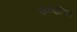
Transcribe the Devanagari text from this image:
एकदलित